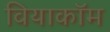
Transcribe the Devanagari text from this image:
वियाकॉम